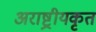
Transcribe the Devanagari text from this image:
अराष्ट्रीयकृत